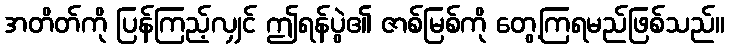
အတိတ်ကို ပြန်ကြည့်လျှင် ဤရန်ပွဲ၏ ဇာစ်မြစ်ကို တွေ့ကြရမည်ဖြစ်သည်။